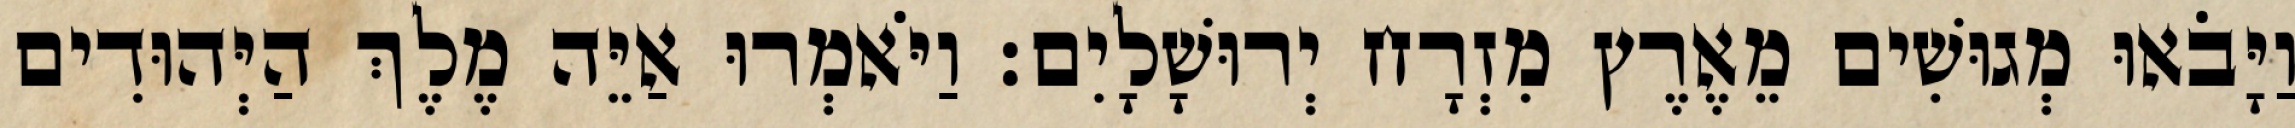
וַיָּבֹאוּ מְגוּשִׁים מֵאֶרֶץ מִזְרָח יְרוּשָׁלָיִם׃ וַיֹּאמְרוּ אַיֵּה מֶלֶךְ הַיְּהוּדִים